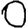
Digit: 0